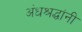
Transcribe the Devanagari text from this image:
अंधश्रद्धांनी